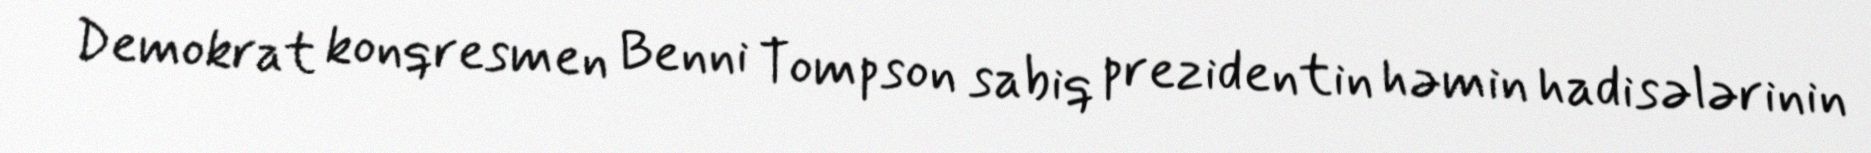
Demokrat konqresmen Benni Tompson sabiq prezidentin həmin hadisələrinin